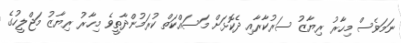
ނަމަވެސް މިހާރު ރިޔާޒު ސަރުކާރާއި ދެކޮޅަށް މަސައްކަތް ކުރަމުންދާތީވެ މިހާރު ރިޔާޒު މަޖްލީހުގެ